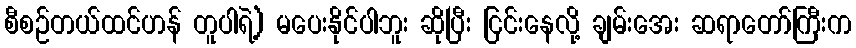
စီစဉ်တယ်ထင်ဟန် တူပါရဲ့) မပေးနိုင်ပါဘူး ဆိုပြီး ငြင်းနေလို့ ချမ်းအေး ဆရာတော်ကြီးက